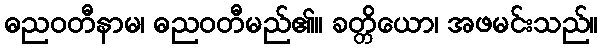
ဓညဝတီနာမ၊ ဓညဝတီမည်၏။ ခတ္တိယော၊ အဖမင်းသည်။